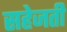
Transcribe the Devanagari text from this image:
सहेजती